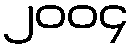
၂၀၀၄